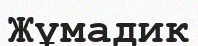
Жұмадик